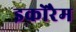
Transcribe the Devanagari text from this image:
इकोरैम